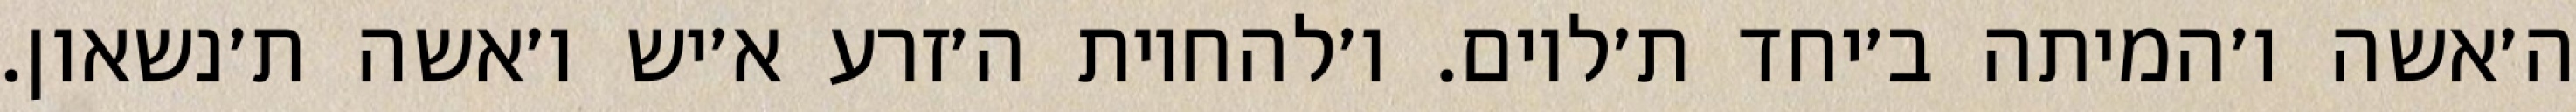
ה׳אשה ו׳המיתה ב׳יחד ת׳לוים. ו׳להחיות ה׳זרע א׳יש ו׳אשה ת׳נשאון.